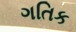
ગતિક